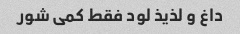
داغ و لذیذ لود فقط کمی شور